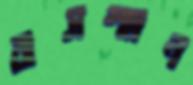
বাসস্হান